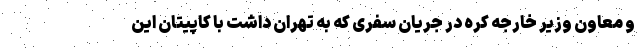
و معاون وزیر خارجه کره در جریان سفری که به تهران داشت با کاپیتان این